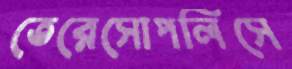
তেরেসোপলিসে